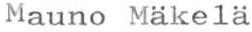
Mauno Mäkelä